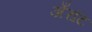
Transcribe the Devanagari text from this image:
अँरटि